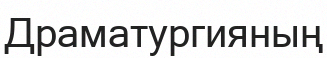
Драматургияның